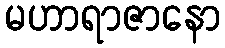
မဟာရာဇာနော